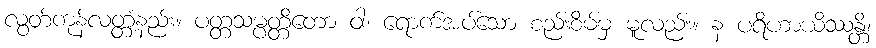
လွတ်ကုန်လတ္တံ့နည်း။ ပတ္တသမ္ပတ္တိတော ဝါ၊ ရောက်အပ်သော စည်းစိမ်မှ မူလည်း။ န ပရိဟာယိဿန္တိ၊